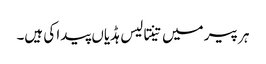
ہر پیر میں تینتالیس ہڈیاں پیدا کی ہیں۔